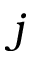
{ j }